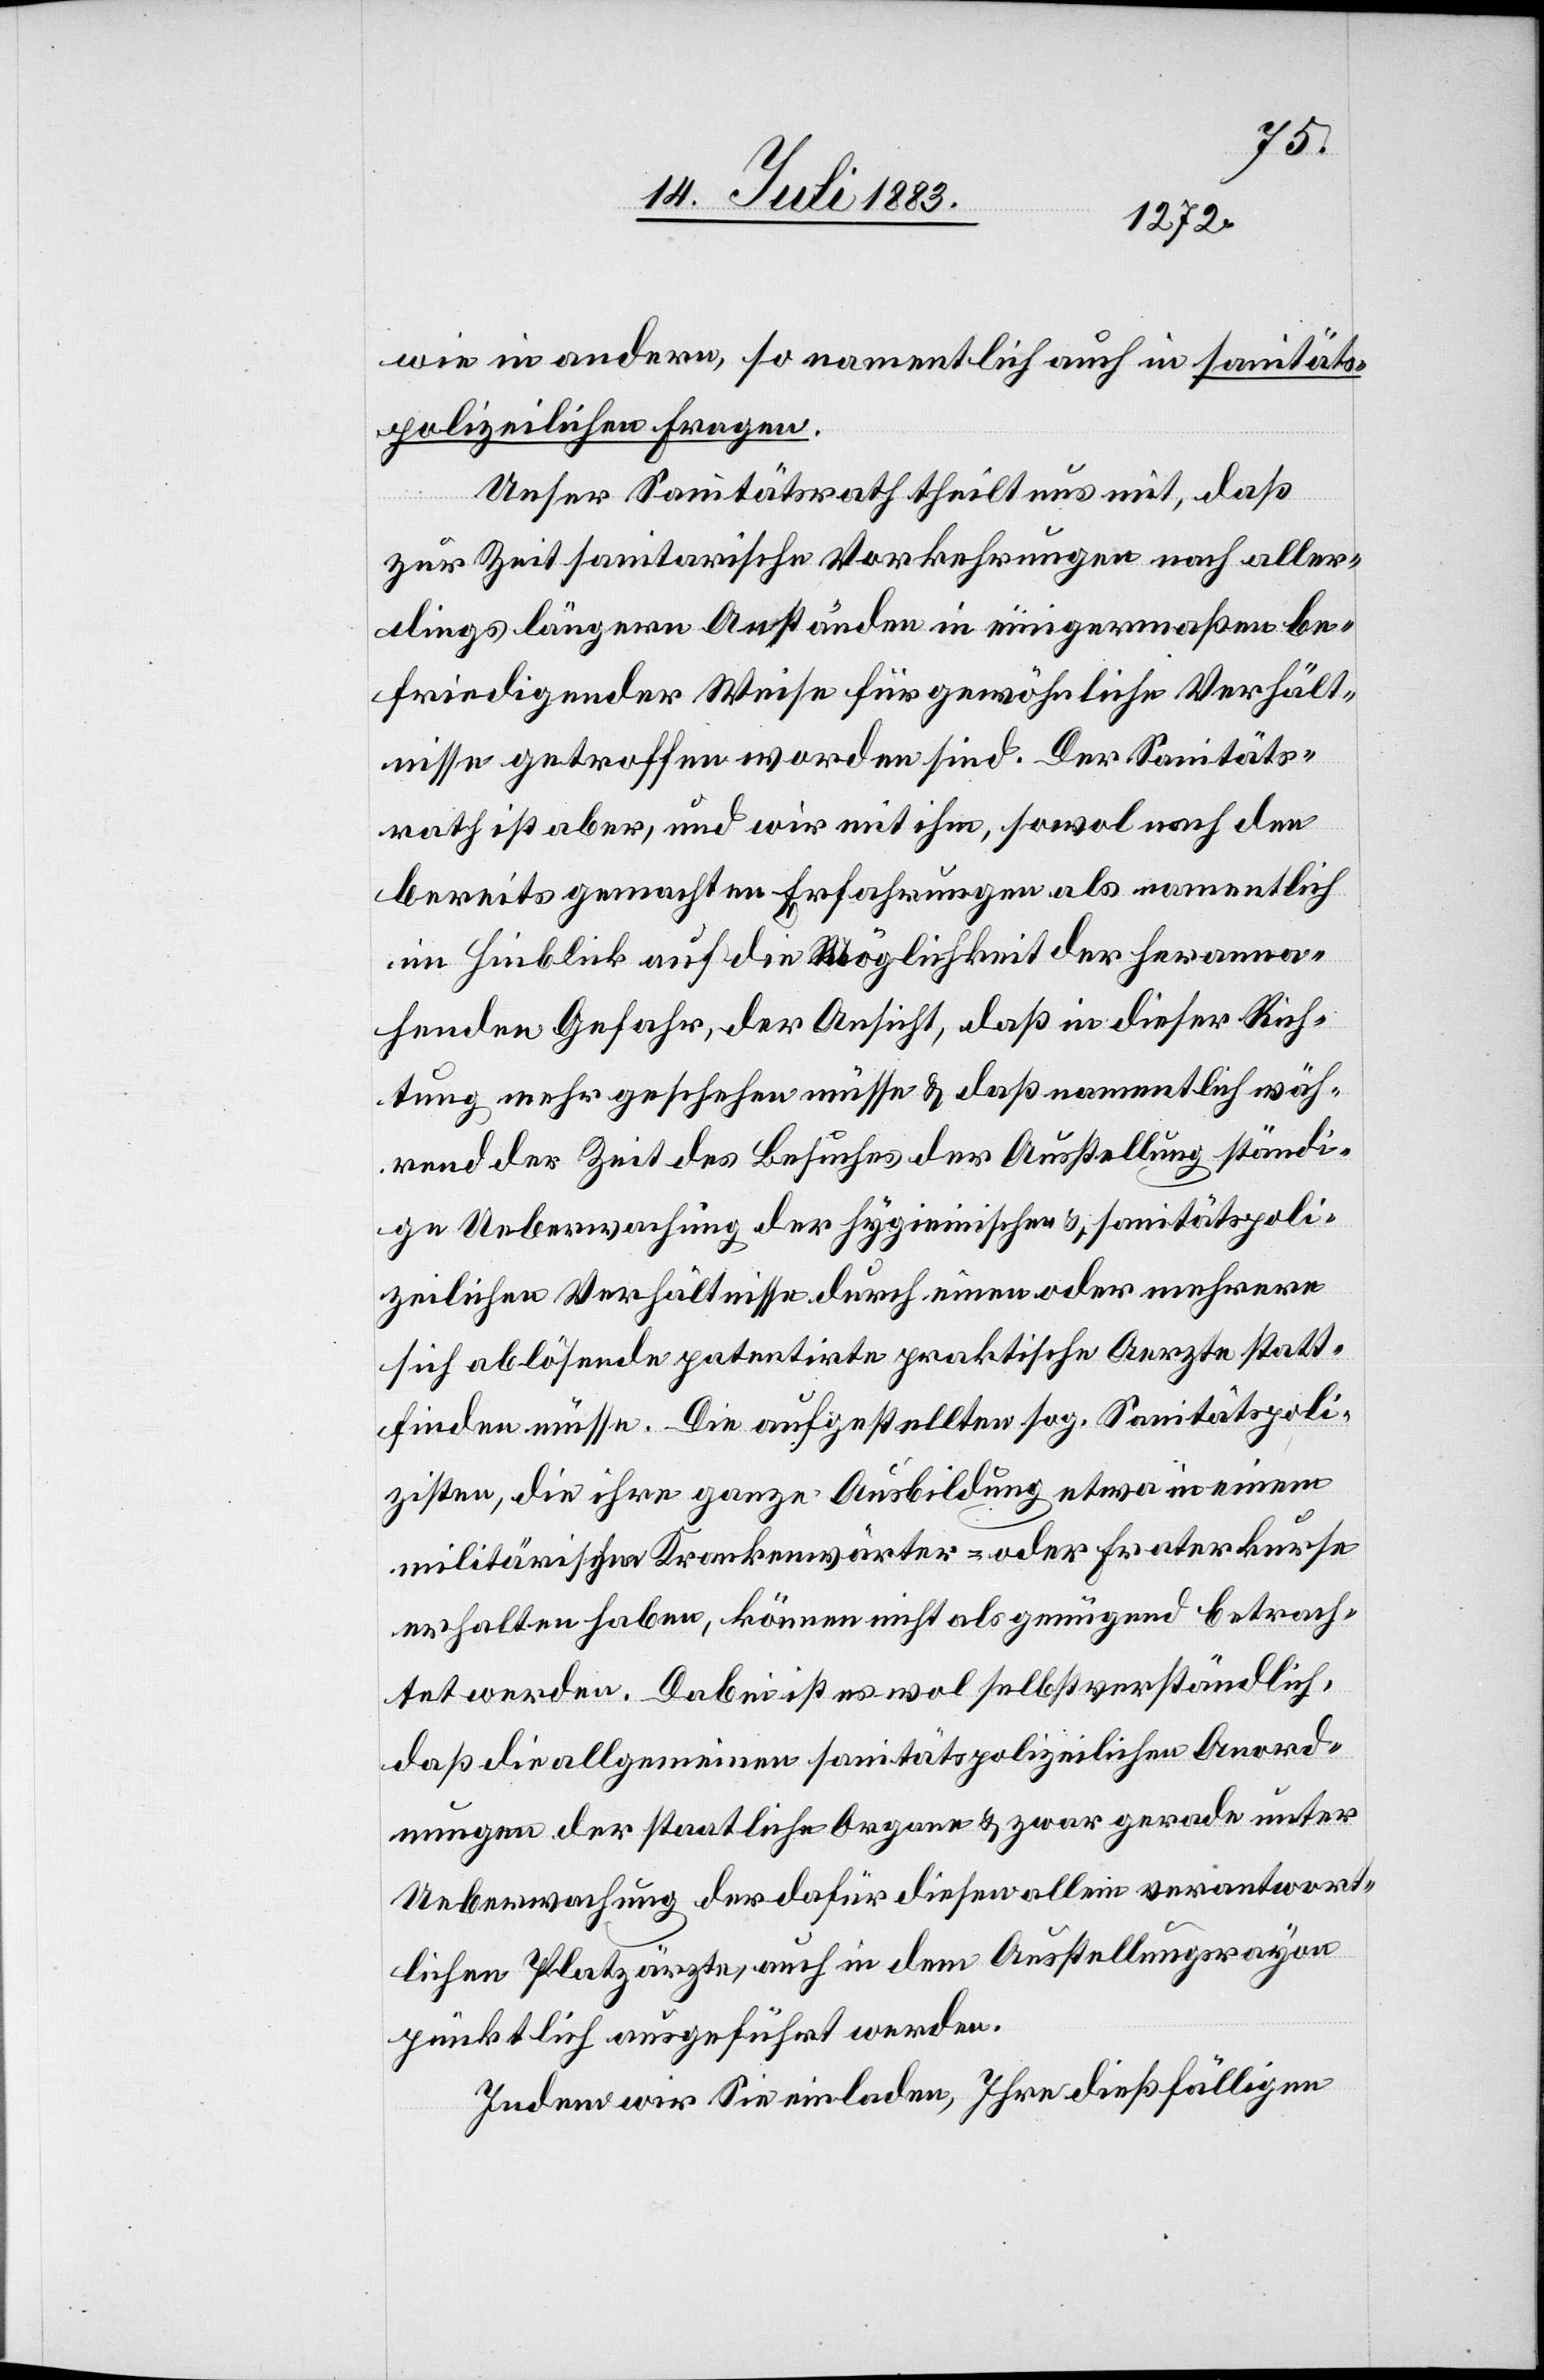
wie in andern, so namentlich auch in sanitäts¬
polizeilichen Fragen.
Unser Sanitätsrath theilt uns mit, daß
zur Zeit sanitarische Vorkehrungen nach aller¬
dings längern Anständen in einigermaßen be¬
friedigender Weise für gewöhnliche Verhält¬
nisse getroffen worden sind. Der Sanitäts¬
rath ist aber, und wir mit ihm, sowol nach den
bereits gemachten Erfahrungen als namentlich
im Hinblick auf die Möglichkeit der heranna¬
henden Gefahr, der Ansicht, daß in dieser Rich¬
tung mehr geschehen müsse & daß namentlich wäh¬
rend der Zeit des Besuches der Ausstellung ständi¬
ge Ueberwachung der hygienischen & sanitätspoli¬
zeilichen Verhältnisse durch einen oder mehrere
sich ablösende patentirte praktische Aerzte statt¬
finden müsse. Die aufgestellten sog. Sanitätspoli¬
zisten, die ihre ganze Ausbildung etwa in einem
militärischen Krankenwärter- oder Fraterkurse
erhalten haben, können nicht als genügend betrach¬
tet werden. Dabei ist es wol selbstverständlich,
daß die allgemeinen sanitätspolizeilichen Ord¬
nungen der staatlichen Organe & zwar gerade unter
Ueberwachung der dafür diesen allein verantwort¬
lichen Platzärzte, auch in dem Ausstellungsrayon
pünktlich ausgeführt werden.
Indem wir Sie einladen, Ihre dießfälligen